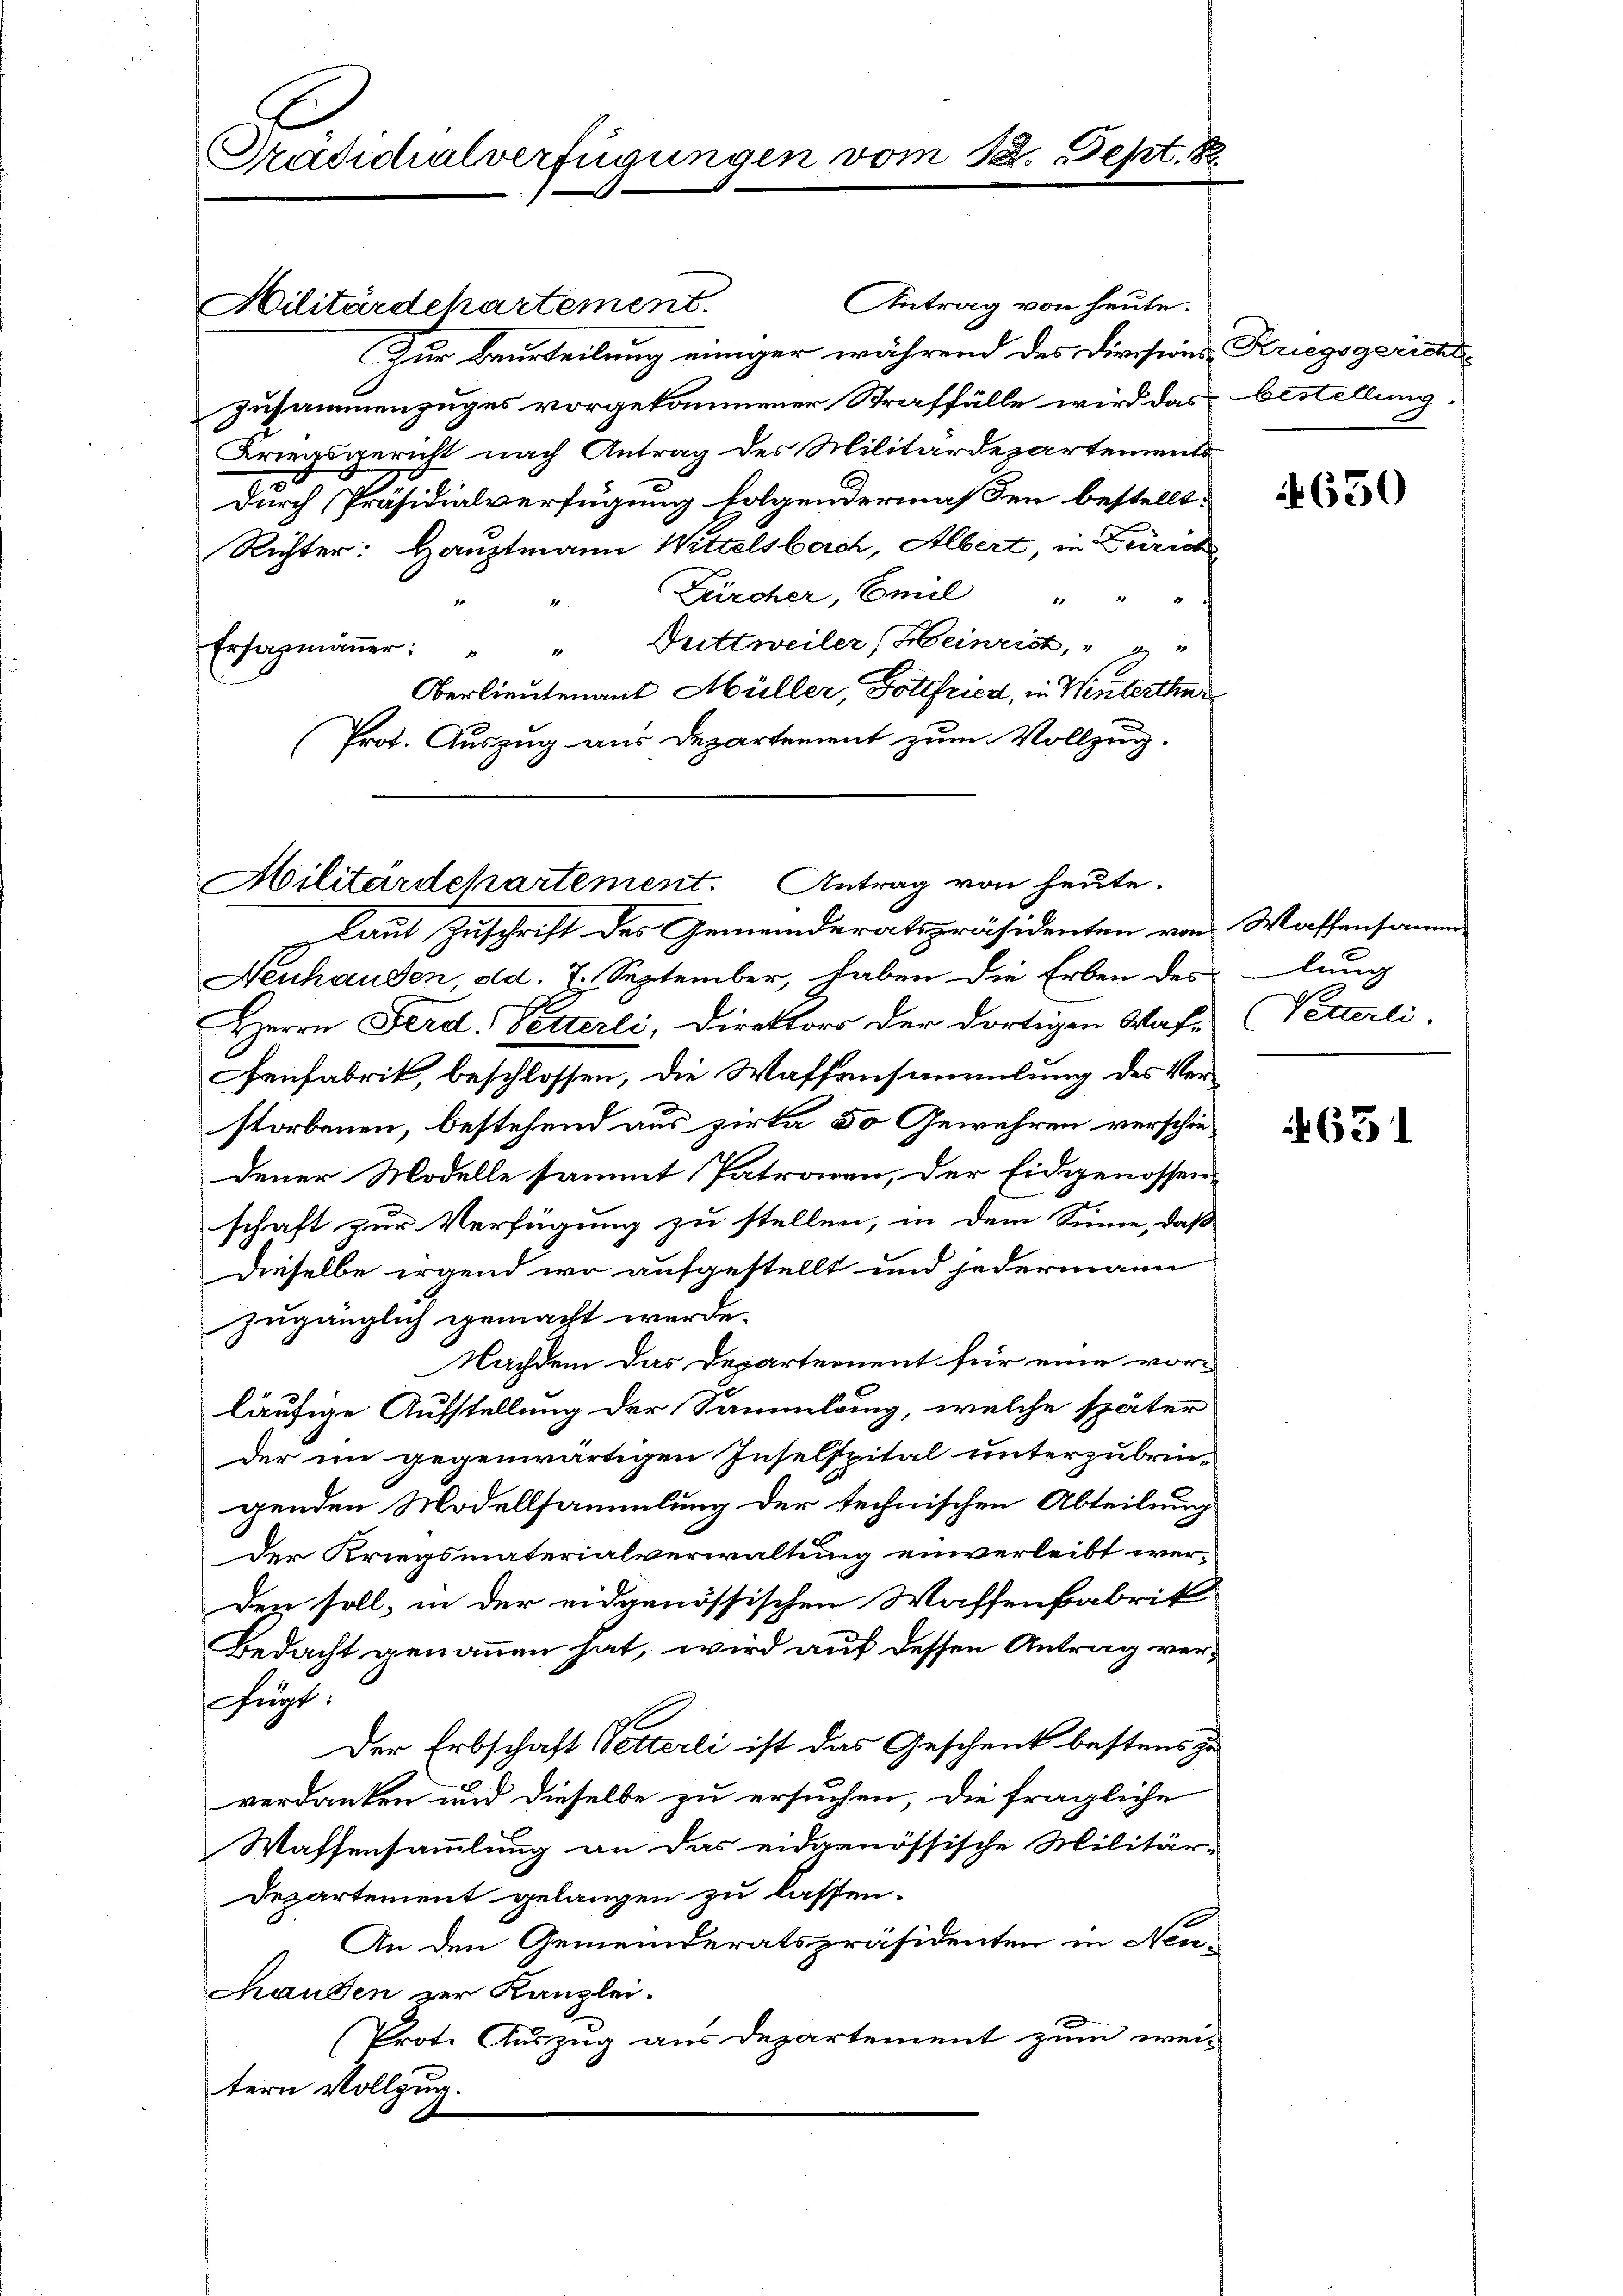
Präsidialverfügungen vom 22. Sept. R.

Militärdehartement.

Zur Beurteilung einiger während des Divisions Kriegsgerichts-
Zusammenzuges vorgekommener Straffälle wird das
Kriegsgericht nach Antrag des Militärdepartements
Durch Präsidialverfügung folgendermaßen bestellt:
Richter: Hauptmann Wittelsberch, Albert, in Zürich,
Zürcher, Emil " "
Duttweiler (Heinrich,
Ersatmäṅer: " "
Oberlieutenant Müller, Gottfried, in Winterthur
(Prot. Auszug aus Departement zum Vollzug.

Militärdepartement. Antrag von heute.

Laut Zuschrift des Gemeinderatspräsidenten von Wassensamm
Neuhausen, ald. E. September, haben die Erben des lang
Herrn Ferd. Vetterli, Direktors der dortigen Waf-Vetterli
enfabrik, beschlossen, die Waffensammlung des Verstorbenen, bestehend aus zirka 30 Gewehren verschiedener Modelle sammt Patronen, der Eidgenossen-
schaft zur Verfügung zu stellen, in dem Sinne, daß
Dieselbe irgend wo aufgestellt und jedermann
zugänglich gemacht werde.
Nachdem das Departement für eine vor-
läufige Aufstellung der Sammlung, welche später
der im gegenwärtigen Inselspital unterzubrin-
genden Modellsammlung der technischen Abteilung
Der Kriegsmaterialverwaltung einverleibt werden soll, in der eidgenössischen Waffenfabrik
Bedacht genommen hat, wird auf dessen Antrag verfügt:
Der Erbschaft Vetterli ist das Geschenk bestens zu
verdanken und dieselbe zu ersuchen, die fragliche
Waffensammlung an das eidgenössische Militär-
Departement gelangen zu lassen.
An den Gemeinderatspräsidenten in Neuhanden zur Kanzlei.
Prot. Auszug aus Departement zum wei-
tern Vollzug.

Antrag von heute.

bestellung

650

631